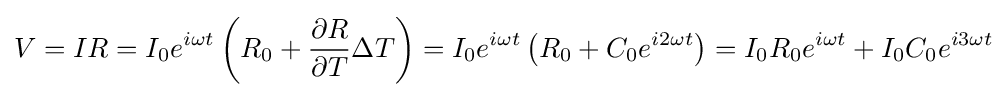
V=IR=I_{0}e^{i\omega t}\left(R_{0}+{\frac {\partial R}{\partial T}}\Delta T\right)=I_{0}e^{i\omega t}\left(R_{0}+C_{0}e^{i2\omega t}\right)=I_{0}R_{0}e^{i\omega t}+I_{0}C_{0}e^{i3\omega t}